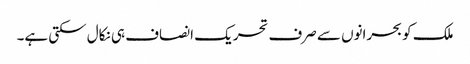
ملک کو بحرانوں سے صرف تحریک انصاف ہی نکال سکتی ہے۔